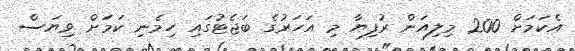
އެކަމަށް 200 މިލިއަން ރުފިޔާ މި އަހަރުގެ ބަޖެޓުގައި ހިމެނި ކަމަށް ވިޔަސް